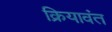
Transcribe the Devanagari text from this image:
क्रियावंत